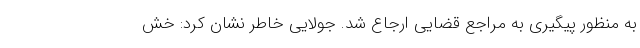
به منظور پیگیری به مراجع قضایی ارجاع شد. جولایی خاطر نشان کرد: خش